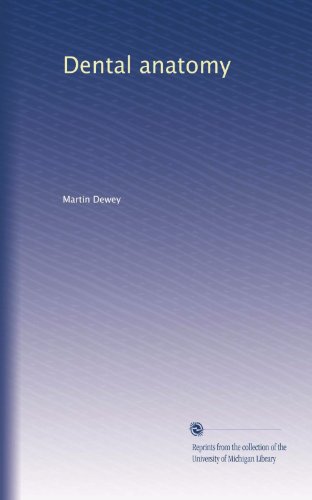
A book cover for Dental anatomy; Martin Dewey; Medical Books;